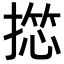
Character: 𢱶